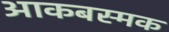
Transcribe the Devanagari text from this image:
आकबस्मक